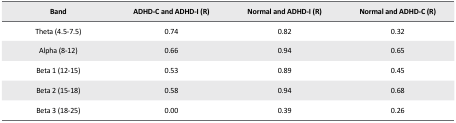
<table><thead><tr><td><b>Band</b></td><td><b>ADHD-C and ADHD-I (R)</b></td><td><b>Normal and ADHD-I (R)</b></td><td><b>Normal and ADHD-C (R)</b></td></tr></thead><tbody><tr><td>Theta (4.5–7.5)</td><td>0.74</td><td>0.82</td><td>0.32</td></tr><tr><td>Alpha (8–12)</td><td>0.66</td><td>0.94</td><td>0.65</td></tr><tr><td>Beta 1 (12–15)</td><td>0.53</td><td>0.89</td><td>0.45</td></tr><tr><td>Beta 2 (15–18)</td><td>0.58</td><td>0.94</td><td>0.68</td></tr><tr><td>Beta 3 (18–25)</td><td>0.00</td><td>0.39</td><td>0.26</td></tr></tbody></table>